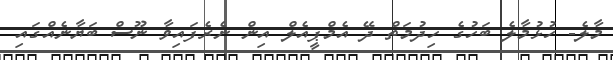
މާލެ- ހުޅުމާލެ ބަހުގެ ހިދުމަތް ދޭ އެމްޕީއެލް އިން ނެރެފައިވާ ނޫސް ބަޔާނެއްގައި